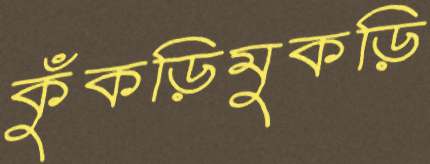
কুঁকড়িমুকড়ি